Report of the Indian Hemp Drugs Commission, 1894-1895 - Volume V
Year: 1894
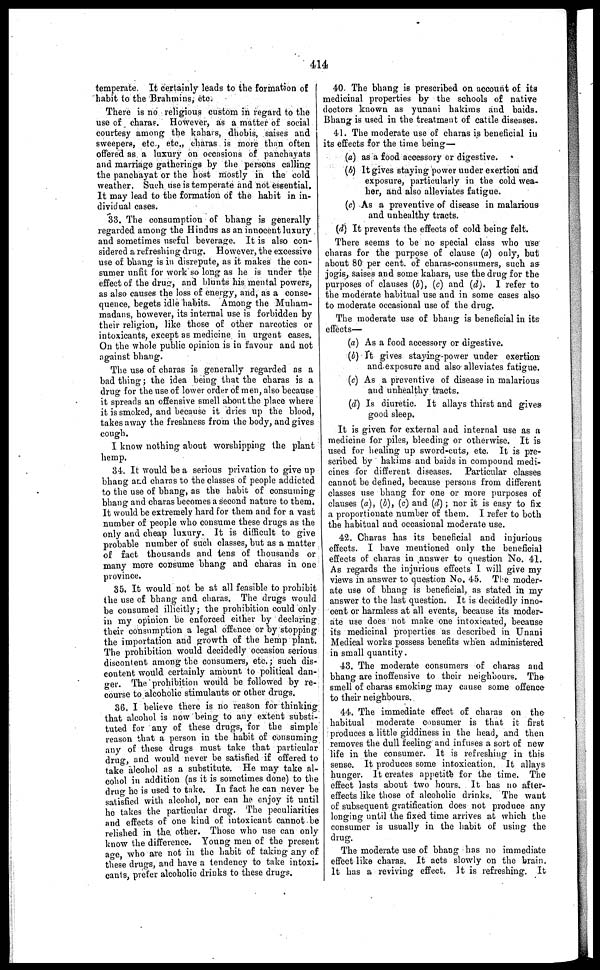
414
temperate. It certainly leads to the formation of
habit to the Brahmins, etc.
There is no religious custom in regard to the
use of charas. However, as a matter of social
courtesy among the kahars, dhobis, saises and
sweepers, etc., etc., charas is more than often
offered as a luxury on occasions of panchayats
and marriage gatherings by the persons calling
the panchayat or the host mostly in the cold
weather. Such use is temperate and not essential.
It may lead to the formation of the habit in in-
dividual cases.
33. The consumption of bhang is generally
regarded among the Hindus as an innocent luxury
and sometimes useful beverage. It is also con-
sidered a refreshing drug. However, the excessive
use of bhang is in disrepute, as it makes the con-
sumer unfit lor work so long as he is under the
effect of the drug, and blunts his mental powers,
as also causes the loss of energy, and, as a conse-
quence, begets idle habits. Among the Muham-
madans, however, its internal use is forbidden by
their religion, like those of other narcotics or
intoxicants, except as medicine in urgent cases.
On the whole public opinion is in favour and not
against bhang.
The use of charas is generally regarded as a
bad thing; the idea being that the charas is a
drug for the use of lower order of men, also because
it spreads an offensive smell about the place where
it is smoked, and because it dries up the blood,
takes away the freshness from the body, and gives
cough.
I know nothing about worshipping the plant
hemp.
34. It would be a serious privation to give up
bhang and charas to the classes of people addicted
to the use of bhang, as the habit of consuming
bhang and charas becomes a second nature to them.
It would be extremely hard for them and for a vast
number of people who consume these drugs as the
only and cheap luxury. It is difficult to give
probable number of such classes, but as a matter
of fact thousands and tens of thousands or
many more consume bhang and charas in one
province.
35. It would not be at all feasible to prohibit
the use of bhang and charas. The drugs would
be consumed illicitly; the prohibition could only
in my opinion be enforced either by declaring
their consumption a legal offence or by stopping
the importation and growth of the hemp plant.
The prohibition would decidedly occasion serious
discontent among the consumers, etc.; such dis-
content would certainly amount to political dan-
ger. The prohibition would be followed by re-
course to alcoholic stimulants or other drugs.
36. I believe there is no reason for thinking
that alcohol is now being to any extent substi-
tuted for any of these drugs, for the simple
reason that a person in the habit of consuming
any of these drugs must take that particular
drug, and would never be satisfied if offered to
take alcohol as a substitute. He may take al-
cohol in addition (as it is sometimes done) to the
drug he is used to take. In fact he can never be
satisfied with alcohol, nor can he enjoy it until
ho takes the particular drug. The peculiarities
and effects of one kind of intoxicant cannot be
relished in the. other. Those who use can only
know the difference. Young men of the present
age, who are not in the habit of taking any of
these drugs, and have a tendency to take intoxi-
cants, prefer alcoholic drinks to these drugs.
40. The bhang is prescribed on account of its
medicinal properties by the schools of native
doctors known as yunani hakims and baids.
Bhang is used in the treatment of cattle diseases.
41. The moderate use of charas is beneficial in
its effects for the time being—
(a) as a food accessory or digestive.
(b) It gives staying power under exertion and
exposure, particularly in the cold wea-
her, and also alleviates fatigue.
(c) As a preventive of disease in malarious
and unhealthy tracts.
(d) It prevents the effects of cold being felt.
There seems to be no special class who use
charas for the purpose of clause (a) only, but
about 80 per cent. of charas-consumers, such as
jogis, saises and some kahars, use the drug for the
purposes of clauses (b), (c) and (d). I refer to
the moderate habitual use and in some cases also
to moderate occasional use of the drug.
The moderate use of bhang is beneficial in its
effects—
(a) As a food accessory or digestive.
(b) It gives staying-power under exertion
and exposure and also alleviates fatigue.
(c) As a preventive of disease in malarious
and unhealthy tracts.
(d) Is diuretic. It allays thirst and gives
good sleep.
It is given for external and internal use as a
medicine for piles, bleeding or otherwise. It is
used for healing up sword-cuts, etc. It is pre-
scribed by hakims and baids in compound medi-
cines for different diseases. Particular classes
cannot be defined, because persons from different
classes use bhang for one or more purposes of
clauses (a), (b), (c) and (d); nor it is easy to fix
a proportionate number of them. I refer to both
the habitual and occasional moderate use.
42. Charas has its beneficial and injurious
effects. I have mentioned only the beneficial
effects of charas in answer to question No. 41.
As regards the injurious effects I will give my
views in answer to question No. 45. The moder-
ate use of bhang is beneficial, as stated in my
answer to the last question. It is decidedly inno-
cent or harmless at all events, because its moder-
ate use does not make one intoxicated, because
its medicinal properties as described in Unani
Medical works possess benefits when administered
in small quantity.
43. The moderate consumers of charas and
bhang are inoffensive to their neighbours. The
smell of charas smoking may cause some offence
to their neighbours.
44. The immediate effect of charas on the
habitual moderate consumer is that it first
produces a little giddiness in the head, and then
removes the dull feeling and infuses a sort of new
life in the consumer. It is refreshing in this
sense. It produces some intoxication. It allays
hunger. It creates appetite for the time. The
effect lasts about two hours. It has no after-
effects like those of alcoholic drinks. The want
of subsequent gratification does not produce any
longing until the fixed time arrives at which the
consumer is usually in the habit of using the
drug.
The moderate use of bhang has no immediate
effect like charas. It acts slowly on the brain.
It has a reviving effect. It is refreshing. It